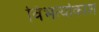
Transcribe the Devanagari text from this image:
विभर्त्याकाश